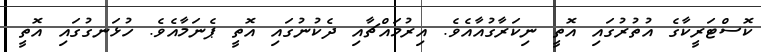
ކޮސްޓަރީކާގެ އުތުރުގައި އޮތީ ނިކަރާގުއާއެވެ. އިރުމައްޗާއި ދެކުނުގައި އޮތީ ޕެނަމާއެވެ. ހުޅަނގުގައި އޮތީ